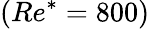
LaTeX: (Re^{*}=800)